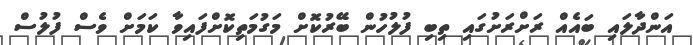
އަންދާލައި ބައެއް ރަށްރަށުގައި ތިބި ފުލުހުން ބޭރުކޮށް މަގުމަތިކޮށްފައިވާ ކަމަށް ވެސް ފުލުސް